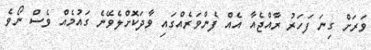
ވަރަށް ގިނަ ފަހަރު ރާއްޖެއާ އެއް ފެންވަރެއްގައި ވާދަކޮށްލެވޭނެ ގައުމެއް ވެސް ނޯވެ